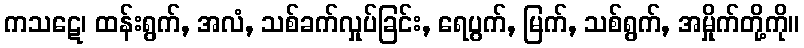
ကသဋေ၊ ထန်းရွက်, အလံ, သစ်ခက်လှုပ်ခြင်း, ရေပွက်, မြက်, သစ်ရွက်, အမှိုက်တို့ကို။